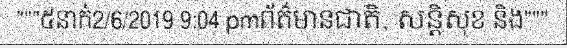
"""៥នាក់2/6/2019 9:04 pmព័ត៌មានជាតិ, សន្តិសុខ និង"""